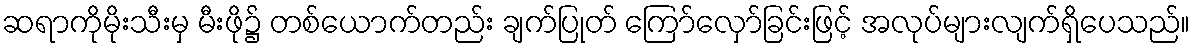
ဆရာကိုမိုးသီးမှ မီးဖို၌ တစ်ယောက်တည်း ချက်ပြုတ် ကြော်လှော်ခြင်းဖြင့် အလုပ်များလျက်ရှိပေသည်။